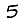
Digit: 5